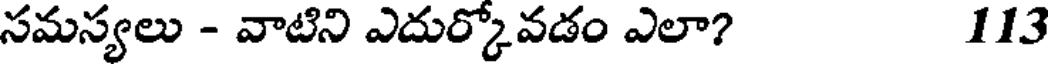
సమస్యలు - వాటిని ఎదుర్కోవడం ఎలా? 113